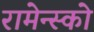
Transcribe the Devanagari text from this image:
रामेन्स्को